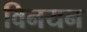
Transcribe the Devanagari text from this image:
विनयन